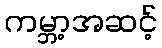
ကမ္ဘာ့အဆင့်